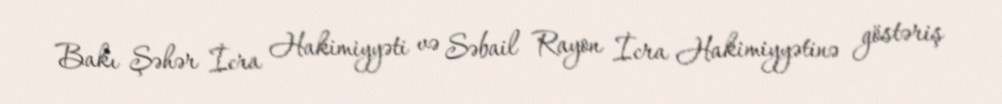
Bakı Şəhər İcra Hakimiyyəti və Səbail Rayon İcra Hakimiyyətinə göstəriş